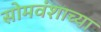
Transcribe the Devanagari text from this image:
सोमवंशाच्या